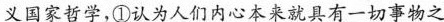
义国家哲学，①\underline{认为人们内心本来就具有一切事物之}